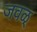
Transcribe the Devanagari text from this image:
जवळ्